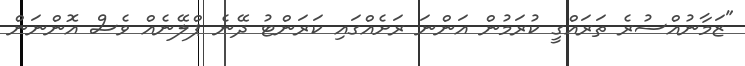
"ޒަމާނުއްސުރެ ތަރައްގީ ކުރަމުން އަންނަ ރަށެއްގައި ކަރަންޓު ދޭނެ ޕްލޭނެއް ވެސް އޮންނަން